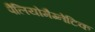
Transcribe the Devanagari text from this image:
पैलियोमैग्नेटिक